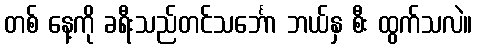
တစ် နေ့ကို ခရီးသည်တင်သင်္ဘော ဘယ်နှ စီး ထွက်သလဲ။